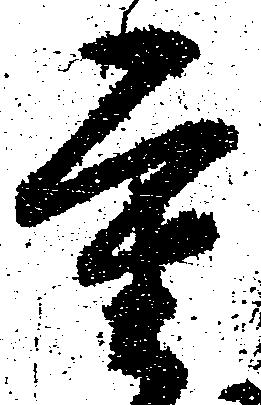
重